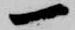
一